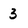
Character: 3